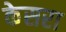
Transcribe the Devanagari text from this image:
केसरा